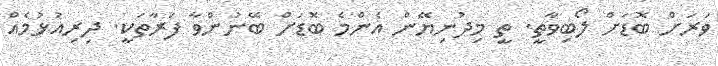
ވަރަށް ބޮޑަށް ލޯބިވާތީ. ތީ މިދުނިޔޭން އެންމެ ބޮޑަށް ބޭނުންވާ ފަރާތަކީ. ދިރިއުޅުމެއް